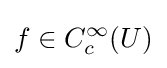
f\in C_{c}^{\infty }(U)